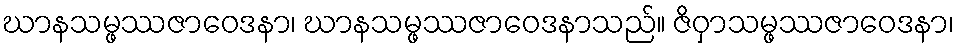
ဃာနသမ္ဖဿဇာဝေဒနာ၊ ဃာနသမ္ဖဿဇာဝေဒနာသည်။ ဇိဝှာသမ္ဖဿဇာဝေဒနာ၊